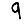
Digit: 9